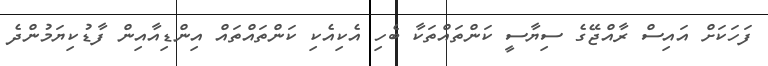
ފަހަކަށް އައިސް ރާއްޖޭގެ ސިޔާސީ ކަންތައްތަކާ ބެހި އެކިއެކި ކަންތައްތައް އިންޑިއާއިން ފާޑުކިޔަމުންދެ